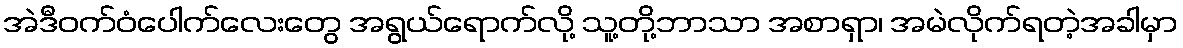
အဲဒီဝက်ဝံပေါက်လေးတွေ အရွယ်ရောက်လို့ သူ့တို့ဘာသာ အစာရှာ၊ အမဲလိုက်ရတဲ့အခါမှာ